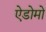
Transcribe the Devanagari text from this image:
ऐडोमो